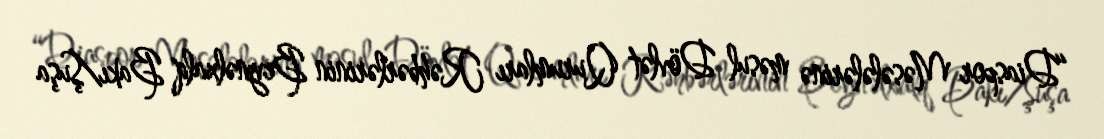
“Diaspor Məsələlərinə məsul Dövlət Qurumları Rəhbərlərinin Beynəlxalq Bakı/Şuşa